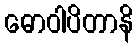
ဓောဝါပိတာနိ